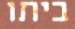
ביתו